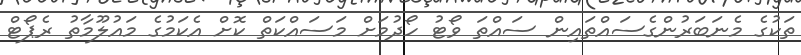
ތަކުގެ މެނަބަރުންގެސައްތައިން ސައްތަ ވޯޓު ހޯދުމަށް މަސައްކަތް ކޮށް އެކަމުގެ މައުލޫމާތު ރެޕޯޓް